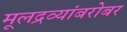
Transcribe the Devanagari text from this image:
मूलद्रव्यांबरोबर